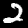
Label: 2